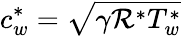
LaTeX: c_{w}^{\ast}=\sqrt{\gamma\mathcal{R}^{\ast}T_{w}^{\ast}}